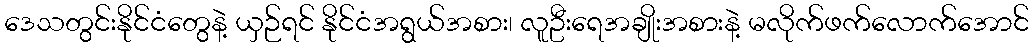
ဒေသတွင်းနိုင်ငံတွေနဲ့ ယှဉ်ရင် နိုင်ငံအရွယ်အစား၊ လူဦးရေအချိုးအစားနဲ့ မလိုက်ဖက်လောက်အောင်